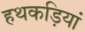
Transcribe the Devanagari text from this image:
हथकड़ियां